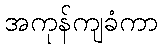
အကုန်ကျခံကာ